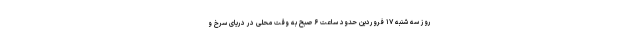
روز سه شنبه ١٧ فروردین حدود ساعت ۶ صبح به وقت محلی در دریای سرخ و